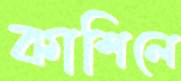
কাশিলে